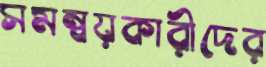
সমন্বয়কারীদের